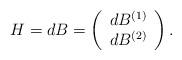
LaTeX: \begin{align*}H = dB = \left(\begin{array}{cc}dB^{(1)}\\dB^{(2)} \end{array} \right).\end{align*}